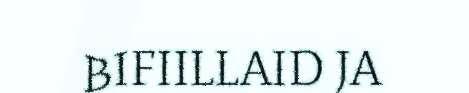
BIFIILLAID JA